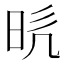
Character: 𭥥